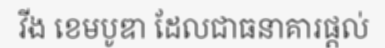
វីង ខេមបូឌា ដែលជាធនាគារផ្តល់